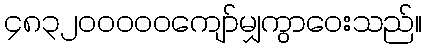
၄၈၃၂၀၀၀၀၀ကျော်မျှကွာဝေးသည်။